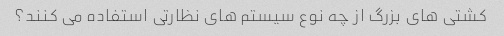
کشتی های بزرگ از چه نوع سیستم های نظارتی استفاده می کنند؟